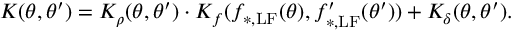
K ( \boldsymbol { \theta } , \boldsymbol { \theta } ^ { \prime } ) = K _ { \rho } ( \boldsymbol { \theta } , \boldsymbol { \theta } ^ { \prime } ) \cdot K _ { f } ( f _ { \mathrm { * , L F } } ( \boldsymbol { \theta } ) , f _ { \mathrm { * , L F } } ^ { \prime } ( \boldsymbol { \theta } ^ { \prime } ) ) + K _ { \delta } ( \boldsymbol { \theta } , \boldsymbol { \theta } ^ { \prime } ) .